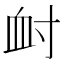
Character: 𡬪